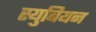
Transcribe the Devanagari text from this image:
स्युबियन